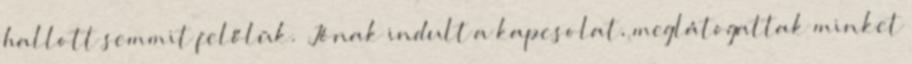
hallott semmit felőlük. „Jónak indult a kapcsolat, meglátogattak minket